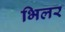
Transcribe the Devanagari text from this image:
भिलर